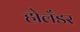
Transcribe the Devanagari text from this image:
होलँडर